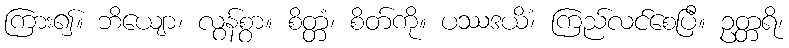
ကြား၍။ ဘိယျော၊ လွန်စွာ။ စိတ္တံ၊ စိတ်ကို။ ပဿဒယိံ၊ ကြည်လင်စေပြီ။ ဥတ္တရိ၊